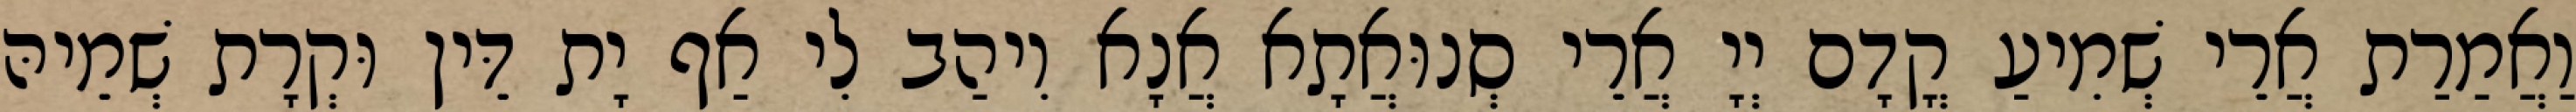
וַאֲמַרַת אֲרֵי שְׁמִיעַ קֳדָם יְיָ אֲרֵי סְנוּאֲתָא אֲנָא וִיהַב לִי אַף יָת דֵּין וּקְרָת שְׁמֵיהּ